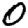
Digit: 0